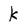
Character: k